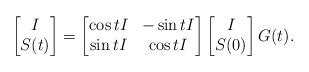
LaTeX: \begin{align*}\begin{bmatrix}I \\S(t)\end{bmatrix} = \begin{bmatrix}\cos t I & -\sin t I \\\sin t I & \cos t I\end{bmatrix} \begin{bmatrix}I \\S(0)\end{bmatrix} G(t).\end{align*}